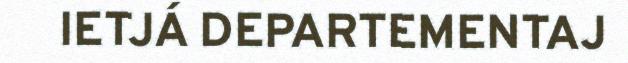
IETJÁ DEPARTEMENTAJ